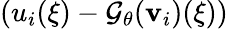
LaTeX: (u_{i}(\xi)-\mathcal G_{\mathbf\theta}(\mathbf{v}_{i})(\xi))